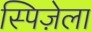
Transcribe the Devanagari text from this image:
स्पिज़ेला